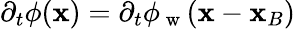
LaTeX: \partial_{t}\phi(\mathbf{x})=\partial_{t}\phi_{\mathrm{~w~}}(\mathbf{x}-\mathbf{x}_{B})